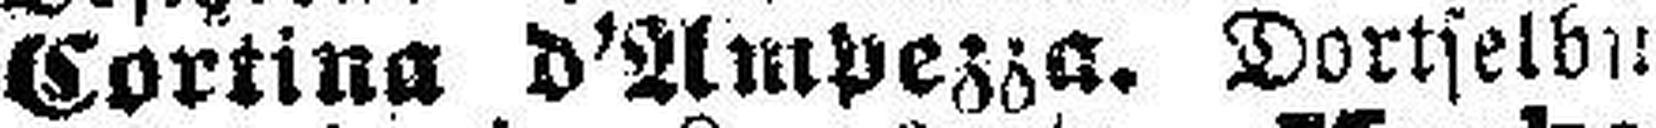
Cortina d'Ampezza. Dortselbst